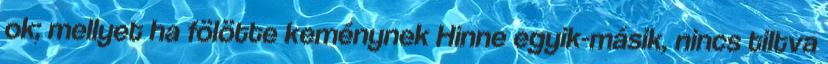
ok; mellyet ha fölötte keménynek Hinne egyik-másik, nincs tiltva